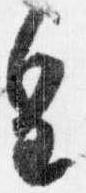
皇